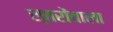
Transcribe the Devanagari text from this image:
स्तरोंवाला